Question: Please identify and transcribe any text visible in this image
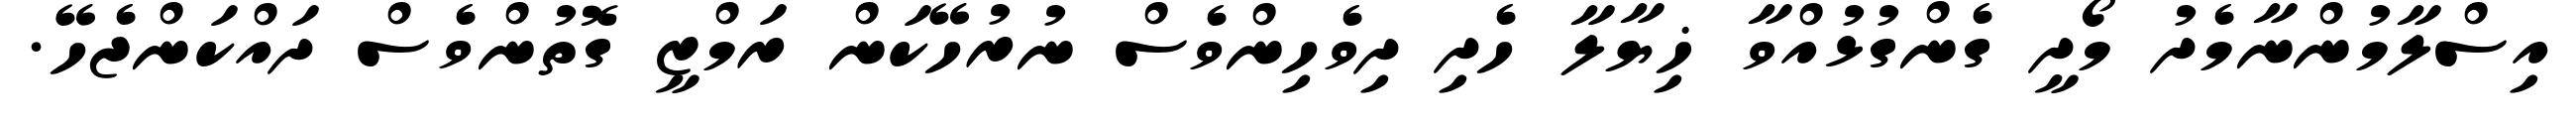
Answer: އިސްލާމުންނާމެދު މޯދީ ގެންގުޅުއްވާ ޚިޔާލާ ހެދި ދިވެހިންވެސް ނުރުހޭކަން ރަމްޒީ ގޮތުންވެސް ދައްކަންޖެހޭ.